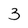
Character: 3